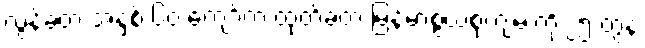
လွန်ခဲ့တဲ့ အနှစ် ၆၀ ကျော်က ထုတ်ခဲ့တဲ့ မြန်မာ့စွယ်စုံကျမ်းကို ၂၅ တွဲနဲ့